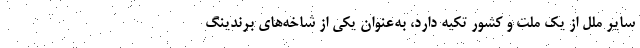
سایر ملل از یک ملت و کشور تکیه‌ دارد، به‌عنوان یکی از شاخه‌های برندینگ